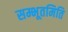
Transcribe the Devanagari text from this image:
सम्भूतमिति